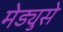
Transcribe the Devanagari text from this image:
मेड्युसे